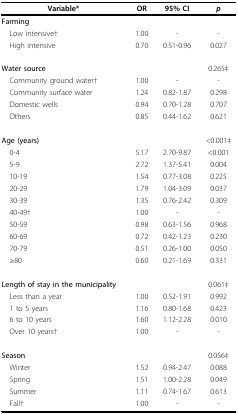
<table><thead><tr><td><b>Variable*</b></td><td><b>OR</b></td><td><b>95% CI</b></td><td><b><i>p</i></b></td></tr></thead><tbody><tr><td><b>Farming</b></td><td></td><td></td><td></td></tr><tr><td> Low intensive†</td><td>1.00</td><td>-</td><td>-</td></tr><tr><td> High intensive</td><td>0.70</td><td>0.51-0.96</td><td>0.027</td></tr><tr><td><b>Water source</b></td><td></td><td></td><td>0.265‡</td></tr><tr><td> Community ground water†</td><td>1.00</td><td>-</td><td>-</td></tr><tr><td> Community surface water</td><td>1.24</td><td>0.82-1.87</td><td>0.298</td></tr><tr><td> Domestic wells</td><td>0.94</td><td>0.70-1.28</td><td>0.707</td></tr><tr><td> Others</td><td>0.85</td><td>0.44-1.62</td><td>0.621</td></tr><tr><td><b>Age (years)</b></td><td></td><td></td><td>&lt;0.001‡</td></tr><tr><td> 0-4</td><td>5.17</td><td>2.70-9.87</td><td>&lt;0.001</td></tr><tr><td> 5-9</td><td>2.72</td><td>1.37-5.41</td><td>0.004</td></tr><tr><td> 10-19</td><td>1.54</td><td>0.77-3.08</td><td>0.225</td></tr><tr><td> 20-29</td><td>1.79</td><td>1.04-3.09</td><td>0.037</td></tr><tr><td> 30-39</td><td>1.35</td><td>0.76-2.42</td><td>0.309</td></tr><tr><td> 40-49†</td><td>1.00</td><td>-</td><td>-</td></tr><tr><td> 50-59</td><td>0.98</td><td>0.63-1.56</td><td>0.968</td></tr><tr><td> 60-69</td><td>0.72</td><td>0.42-1.23</td><td>0.230</td></tr><tr><td> 70-79</td><td>0.51</td><td>0.26-1.00</td><td>0.050</td></tr><tr><td> ≥80</td><td>0.60</td><td>0.21-1.69</td><td>0.331</td></tr><tr><td><b>Length of stay in the municipality</b></td><td></td><td></td><td>0.061‡</td></tr><tr><td> Less than a year</td><td>1.00</td><td>0.52-1.91</td><td>0.992</td></tr><tr><td> 1 to 5 years</td><td>1.16</td><td>0.80-1.68</td><td>0.423</td></tr><tr><td> 6 to 10 years</td><td>1.60</td><td>1.12-2.28</td><td>0.010</td></tr><tr><td> Over 10 years†</td><td>1.00</td><td>-</td><td>-</td></tr><tr><td><b>Season</b></td><td></td><td></td><td>0.056‡</td></tr><tr><td> Winter</td><td>1.52</td><td>0.94-2.47</td><td>0.088</td></tr><tr><td> Spring</td><td>1.51</td><td>1.00-2.28</td><td>0.049</td></tr><tr><td> Summer</td><td>1.11</td><td>0.74-1.67</td><td>0.613</td></tr><tr><td> Fall†</td><td>1.00</td><td>-</td><td>-</td></tr></tbody></table>